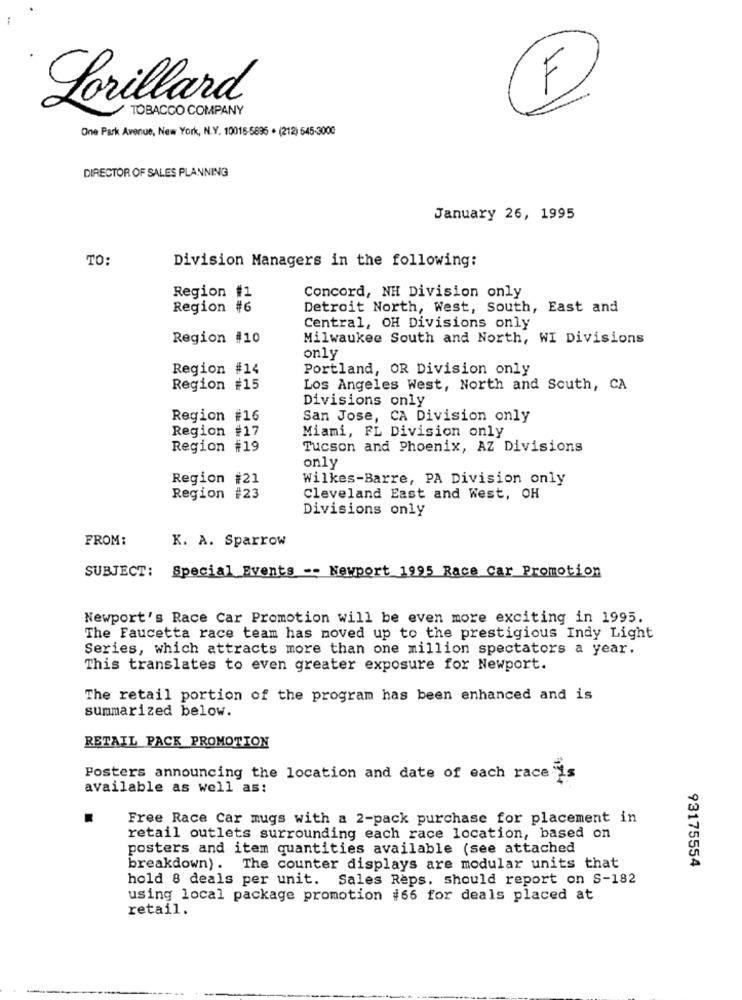
Lorillard
TOBACCO COMPANY
F
One Park Avenue, New York, N.Y. 10016-5696 . (212) 545-3000
DIRECTOR OF SALES PLANNING
January 26, 1995
TO:
Division Managers in the following:
Region #1
Concord, NH Division only
Region #6
Detroit North, West, South, East and
Central, OH Divisions only
Region #10
Milwaukee South and North, WI Divisions
only
Region #14
Portland, OR Division only
Region #15
Los Angeles West, North and South, CA
Divisions only
Region #16
San Jose, CA Division only
Region #17
Miami, FL Division only
Region #19
Tucson and Phoenix, AZ Divisions
only
Region #21
Wilkes-Barre, PA Division only
Region #23
Cleveland East and West, OH
Divisions only
FROM:
K. A. Sparrow
Special Events -- Newport 1995 Race Car Promotion
SUBJECT:
Newport's Race Car Promotion will be even more exciting in 1995.
The Faucetta race team has moved up to the prestigious Indy Light
Series, which attracts more than one million spectators a year.
This translates to even greater exposure for Newport.
The retail portion of the program has been enhanced and is
summarized below.
RETAIL PACK PROMOTION
Posters announcing the location and date of each race"
available as well as:
Free Race Car mugs with a 2-pack purchase for placement in
retail outlets surrounding each race location, based on
posters and item quantities available (see attached
93175554
breakdown). The counter displays are modular units that
hold 8 deals per unit. Sales Reps. should report on S-182
using local package promotion #66 for deals placed at
retail.